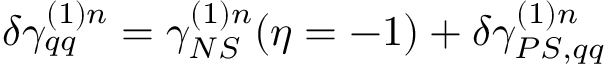
\delta \gamma _ { q q } ^ { ( 1 ) n } = \gamma _ { N S } ^ { ( 1 ) n } ( \eta = - 1 ) + \delta \gamma _ { P S , q q } ^ { ( 1 ) n }